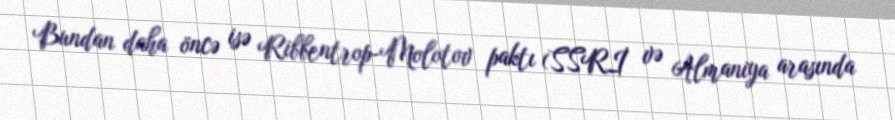
Bundan daha öncə isə Ribbentrop-Molotov paktı (SSRİ və Almaniya arasında